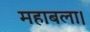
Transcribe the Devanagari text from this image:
महाबला।